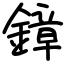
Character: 鏱